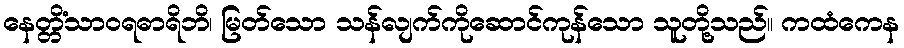
နေတ္တိံသာဝရဓာရိဘိ၊ မြတ်သော သန်လျက်ကိုဆောင်ကုန်သော သူတို့သည်။ ကထံကေန